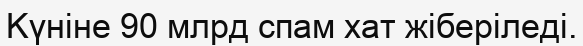
Kүніне 90 млрд спам хат жіберіледі.